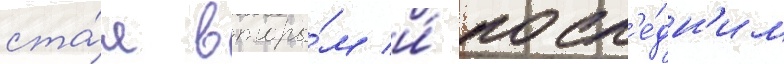
ста́л вторы́м и́ посл'е́дн'им